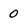
Character: 0